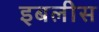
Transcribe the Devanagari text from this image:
इबलीस